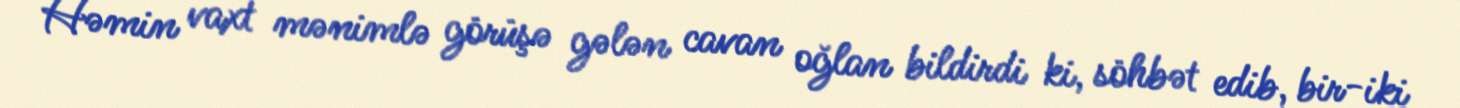
Həmin vaxt mənimlə görüşə gələn cavan oğlan bildirdi ki, söhbət edib, bir-iki